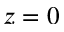
z = 0